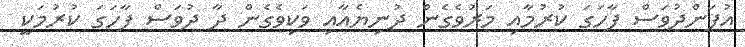
އުފަންދުވަސް ފާހަގަ ކުރުމާއި މަރުވެގެން ދުނިޔެއާއި ވަކިވެގެން ދާ ދުވަސް ފާހަގަ ކުރުމަކީ